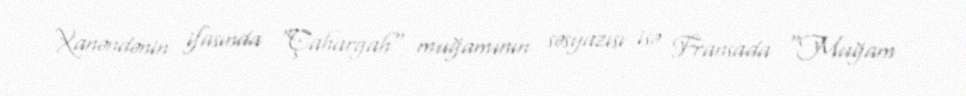
Xanəndənin ifasında "Çahargah" muğamının səsyazısı isə Fransada "Muğam